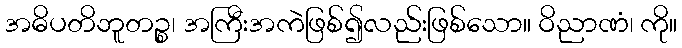
အဓိပတိဘူတဉ္စ၊ အကြီးအကဲဖြစ်၍လည်းဖြစ်သော။ ဝိညာဏံ၊ ကို။